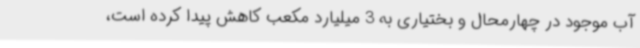
آب موجود در چهارمحال و بختیاری به 3 میلیارد مکعب کاهش پیدا کرده است،